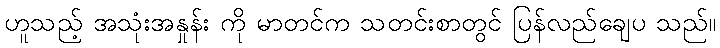
ဟူသည့် အသုံးအနှုန်း ကို မာတင်က သတင်းစာတွင် ပြန်လည်ချေပ သည်။